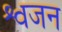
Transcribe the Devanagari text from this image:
श्वजन